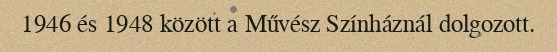
1946 és 1948 között a Művész Színháznál dolgozott.